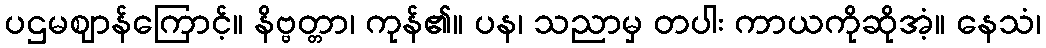
ပဌမဈာန်ကြောင့်။ နိဗ္ဗတ္တာ၊ ကုန်၏။ ပန၊ သညာမှ တပါး ကာယကိုဆိုအံ့။ နေသံ၊